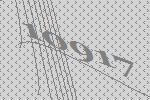
10917